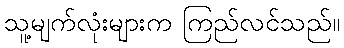
သူ့မျက်လုံးများက ကြည်လင်သည်။